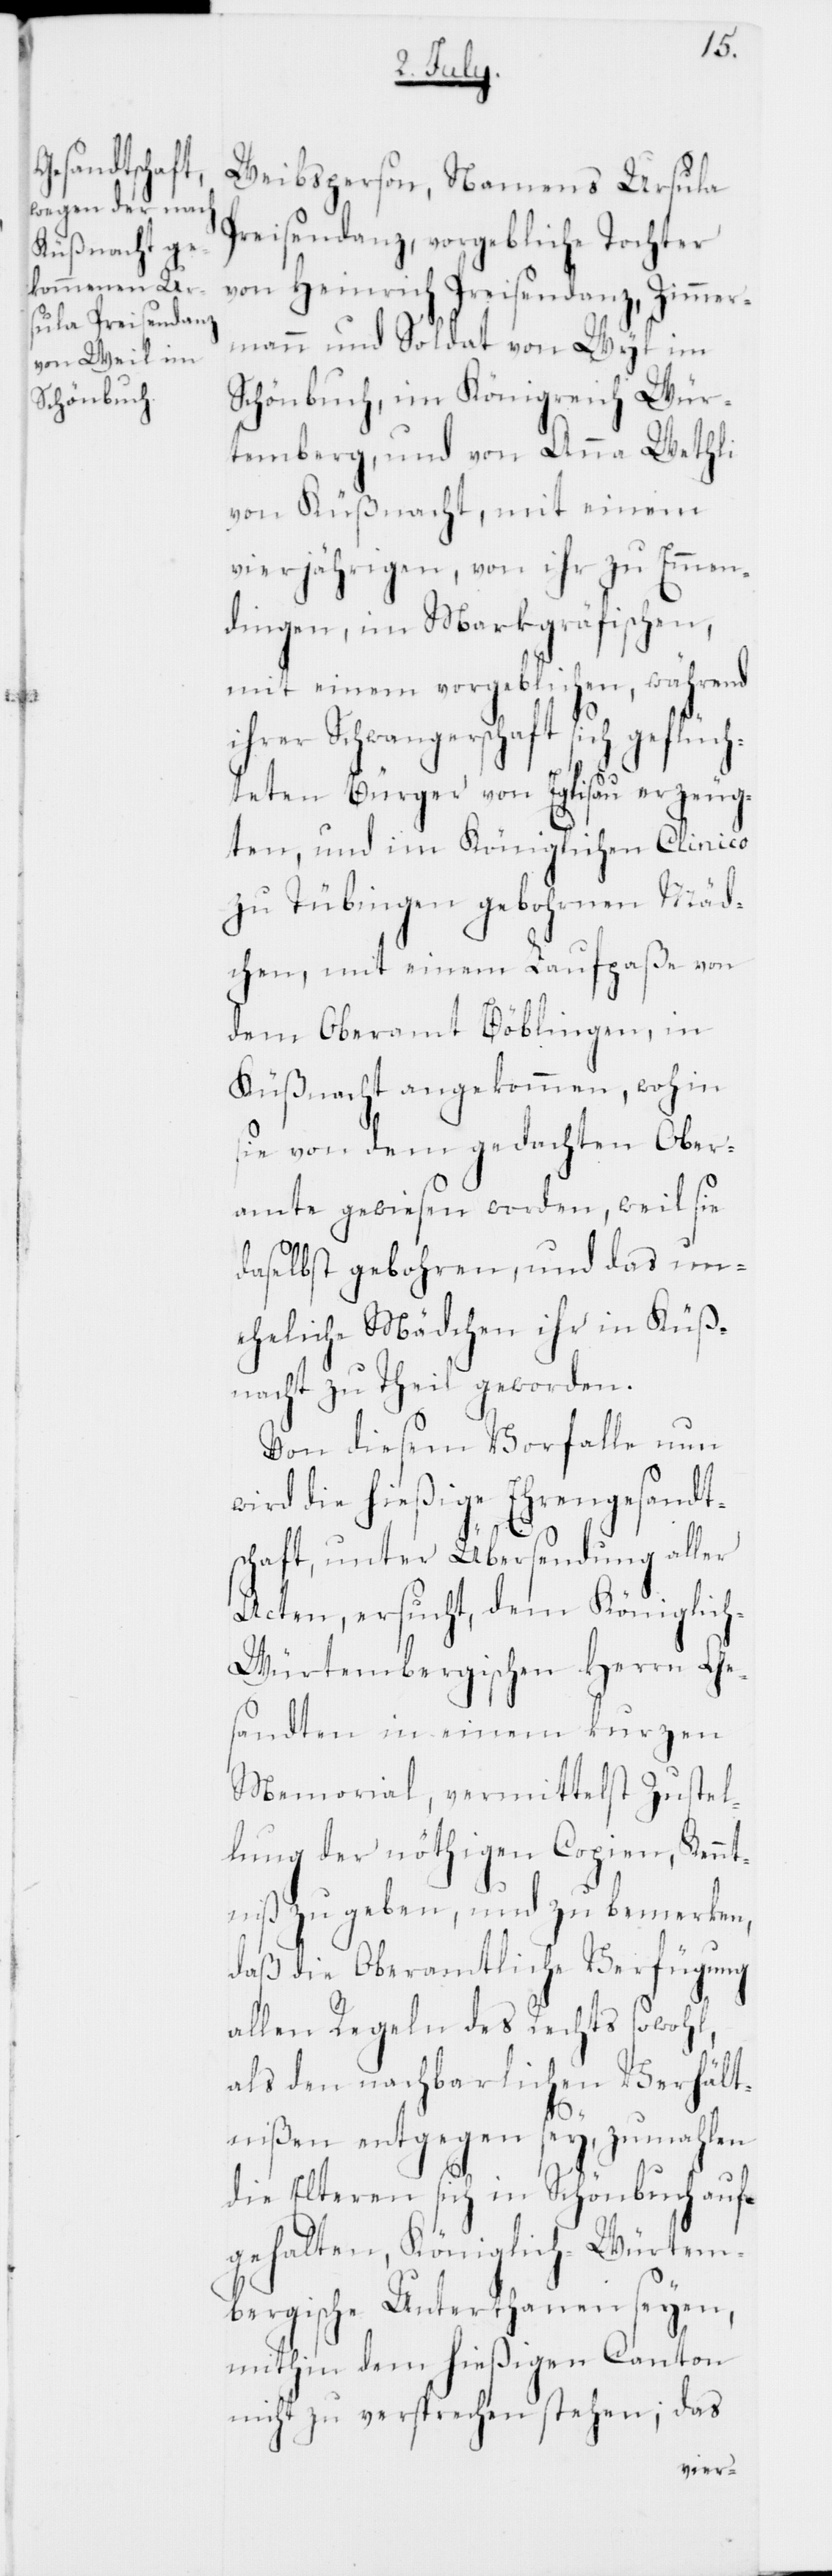
Weibsperson, Namens Ursula
Preisendanz, vorgebliche Tochter
von Heinrich Preisendanz, Zimmer¬
mann und Soldat von Wyl im
Schönbuch, im Königreich Wür¬
temberg, und von Anna Wethli
von Küßnacht, mit einem
vierjährigen, von ihr zu Emmen¬
dingen, im Markgräfischen,
mit einem vorgeblichen, während
ihrer Schwangerschaft sich geflüc¬
hteten Bürger von Eglisau erzeug¬
ten, und im Königlichen Clinico
zu Tübingen gebohrnen Mäd¬
chen, mit einem Laufpaße von
dem Oberamt Böblingen, in
Küßnacht angekommen, wohin
sie von dem gedachten Ober¬
amte gewiesen worden, weil sie
daselbst gebohren, und das un¬
eheliche Mädchen ihr in Küß¬
nacht zu Theil geworden.
Von diesem Vorfalle nun
wird die hießige Ehrengesandt¬
schaft, unter Übersendung aller
Acten, ersucht, dem Königlic¬
h-Würtembergischen Herrn Ge¬
sandten in einem kurzen
Memorial, vermittelst Zustel¬
lung der nöthigen Copien, Kennt¬
niß zu geben, und zu bemerken,
daß die Oberamtliche Verfügung
allen Regeln des Rechts sowohl,
als den nachbarlichen Verhält¬
nißen entgegen sey, zumahlen
die Eltern sich in Schönbuch auf¬
gehalten, Königlich-Würtem¬
bergische Unterthanen seyen,
mithin dem hießigen Canton
nicht zu versprechen stehen; das